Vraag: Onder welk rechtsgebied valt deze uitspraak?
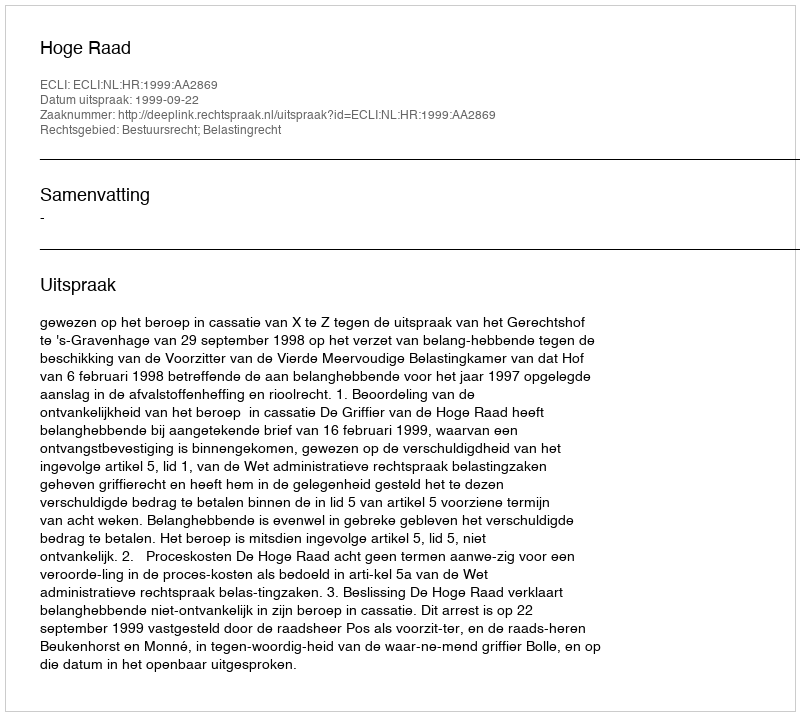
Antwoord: Bestuursrecht; Belastingrecht